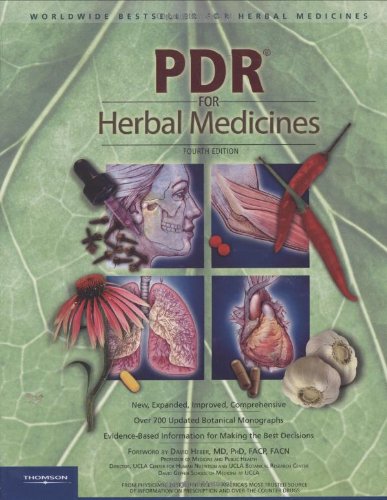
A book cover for PDR for Herbal Medicines, 4th Edition; Thomson Healthcare; Medical Books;